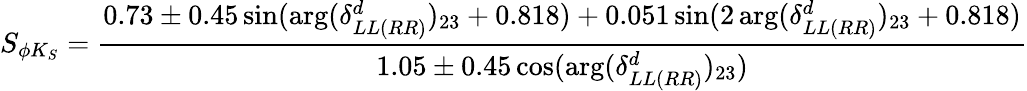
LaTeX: S_{\phi K_{S}}=\frac{0.73\pm 0.45\sin(\arg(\delta_{LL(RR)}^{d})_{23}+0.818)+0.051\sin(2\arg(\delta_{LL(RR)}^{d})_{23}+0.818)}{1.05\pm 0.45\cos(\arg(\delta_{LL(RR)}^{d})_{23})}